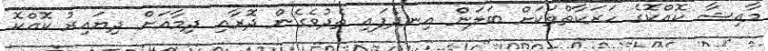
މާއިޝާ ކޮއްކޮގެ ހަރަކާތްތަކަށް ބަލަން އިނދެފައި ތެދުވެގެން ދޮރާއި ދިމާއަށް ދިޔައިރު ކޮއްކޮ